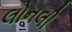
લોનલી